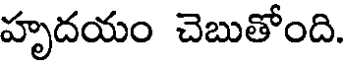
హృదయం చెబుతోంది.